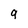
Character: 9